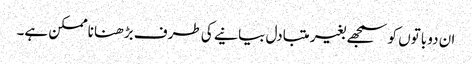
ان دو باتوں کو سمجھے بغیر متبادل بیانیے کی طرف بڑھنا ناممکن ہے۔